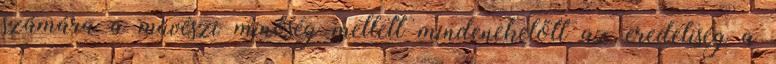
számára a művészi minőség mellett mindenekelőtt az eredetiség a